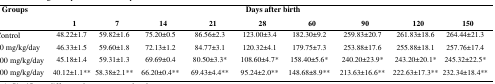
<table><thead><tr><td rowspan="2"><b>Groups</b></td><td colspan="9"><b>Days after birth</b></td></tr><tr><td><b>1</b></td><td><b>7</b></td><td><b>14</b></td><td><b>21</b></td><td><b>28</b></td><td><b>60</b></td><td><b>90</b></td><td><b>120</b></td><td><b>150</b></td></tr></thead><tbody><tr><td>Control</td><td>48.22±1.7</td><td>59.82±1.6</td><td>75.20±0.5</td><td>86.56±2.3</td><td>123.00±3.4</td><td>182.30±9.2</td><td>259.83±20.7</td><td>261.83±18.6</td><td>264.44±21.3</td></tr><tr><td>10 mg/kg/day</td><td>46.33±1.5</td><td>59.60±1.8</td><td>72.13±1.2</td><td>84.77±3.1</td><td>120.32±4.1</td><td>179.75±7.3</td><td>253.88±17.6</td><td>255.88±18.1</td><td>257.76±17.4</td></tr><tr><td>100 mg/kg/day</td><td>45.18±1.4</td><td>59.31±1.3</td><td>69.69±0.4</td><td>80.50±3.3*</td><td>108.60±4.7*</td><td>158.40±5.6*</td><td>240.20±23.9*</td><td>243.20±20.1*</td><td>245.32±22.5*</td></tr><tr><td>500 mg/kg/day</td><td>40.12±1.1**</td><td>58.38±2.1**</td><td>66.20±0.4**</td><td>69.43±4.4**</td><td>95.24±2.0**</td><td>148.68±8.9**</td><td>213.63±16.6**</td><td>222.63±17.3**</td><td>232.34±18.4**</td></tr></tbody></table>